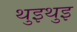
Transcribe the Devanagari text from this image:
थुइथुइ